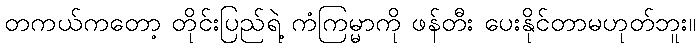
တကယ်ကတော့ တိုင်းပြည်ရဲ့ ကံကြမ္မာကို ဖန်တီး ပေးနိုင်တာမဟုတ်ဘူး။